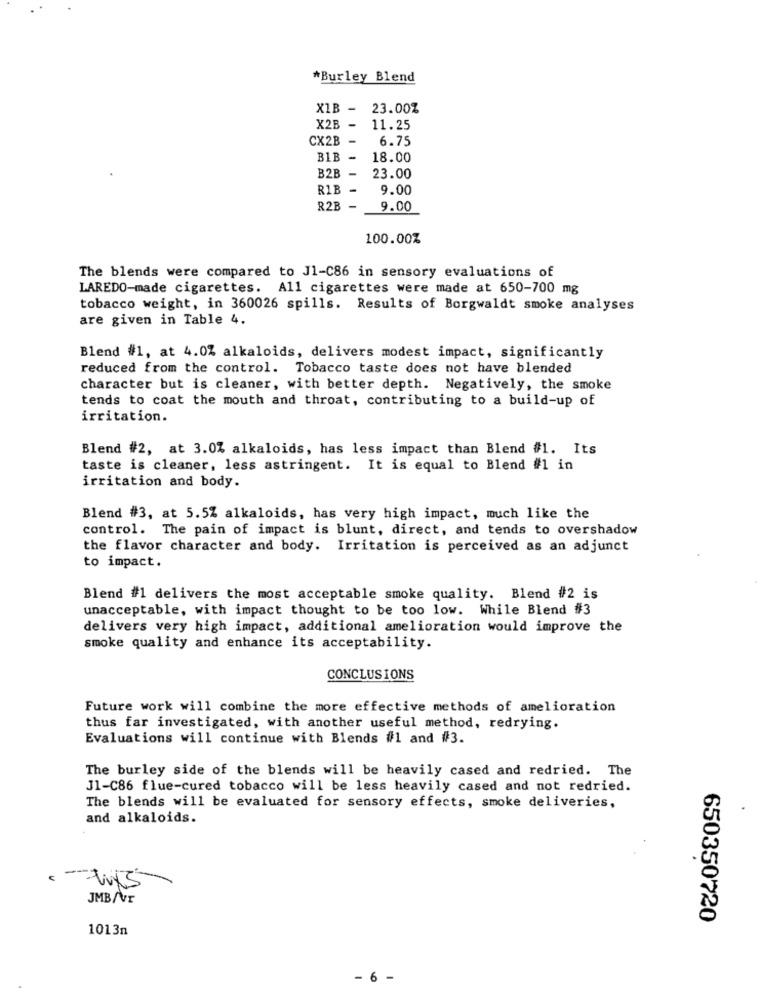
*Burley Blend
X1B -
23.00%
X2B -
11.25
CX2B -
6.75
BIB -
18.00
B2B
-
23.00
R1B
-
9.00
R.2B
-
9.00
100.00%
The blends were compared to J1-C86 in sensory evaluations of
LAREDO-made cigarettes. All cigarettes were made at 650-700 mg
tobacco weight, in 360026 spills. Results of Borgwaldt smoke analyses
are given in Table 4.
Blend #1, at 4.0% alkaloids, delivers modest impact, significantly
reduced from the control. Tobacco taste does not have blended
character but is cleaner, with better depth. Negatively, the smoke
tends to coat the mouth and throat, contributing to a build-up of
irritation.
Blend #2, at 3.0% alkaloids, has less impact than Blend #1. Its
taste is cleaner, less astringent. It is equal to Blend #1 in
irritation and body.
Blend #3, at 5.5% alkaloids, has very high impact, much like the
control. The pain of impact is blunt, direct, and tends to overshadow
the flavor character and body. Irritation is perceived as an adjunct
to impact.
Blend #1 delivers the most acceptable smoke quality. Blend #2 is
unacceptable, with impact thought to be too low. While Blend #3
delivers very high impact, additional amelioration would improve the
smoke quality and enhance its acceptability.
CONCLUSIONS
Future work will combine the more effective methods of amelioration
thus far investigated, with another useful method, redrying.
Evaluations will continue with Blends #1 and #3.
The burley side of the blends will be heavily cased and redried. The
J1-C86 flue-cured tobacco will be less heavily cased and not redried.
The blends will be evaluated for sensory effects, smoke deliveries,
and alkaloids.
--
JMB/r
650350720
1013n
- 6 -